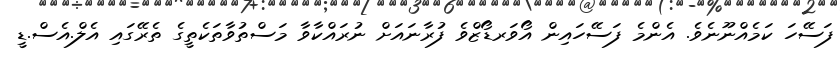
ފަސޭހަ ކަމެއްނޫނެވެ. އެންމެ ފަސޭހައިން އޯވަރޑޯޒްވެ ފުރާނައަށް ނުރައްކާވާ މަސްތުވާތަކެތީގެ ތެރޭގައި އެލް.އެސް.ޑީ